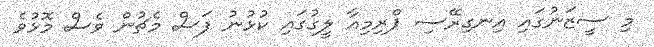
މި ސީޒަނުގައި އިނގިރޭސި ޕްރިމިއާ ލީގުގައި ކުޅުނު ފަސް މެޗުން ވެސް މޮޅުވެ